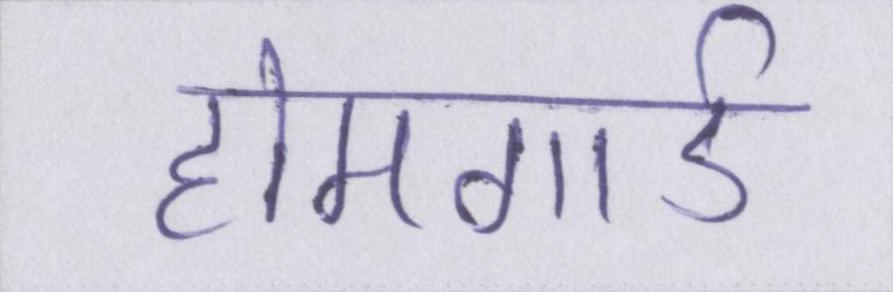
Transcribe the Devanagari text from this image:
होमगार्ड